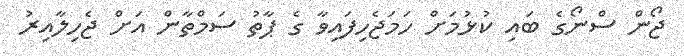
ޖޯން ސްނޯގެ ބައި ކުޅުމަށް ހަމަޖެހިފައިވާ ގެ ޕާތު ސަމްތާން އަށް ޖެހިލާއިރު